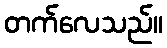
တက်လေသည်။